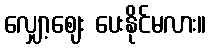
လျှော့ဈေး ပေးနိုင်မလား။